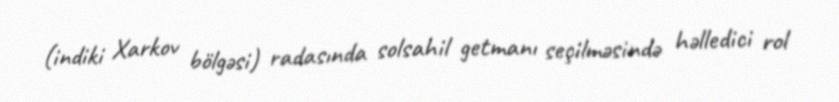
(indiki Xarkov bölgəsi) radasında solsahil getmanı seçilməsində həlledici rol